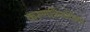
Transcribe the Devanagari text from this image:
करुणत्रिंशतिका